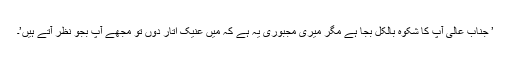
’ جناب عالی آپ کا شکوہ بالکل بجا ہے مگر میری مجبوری یہ ہے کہ میں عنیک اتار دوں تو مجھے آپ بجو نظر آتے ہیں’۔